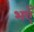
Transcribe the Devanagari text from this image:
भएँ